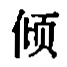
倾